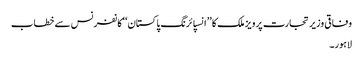
وفاقی وزیر تجارت پرویز ملک کا ’’انسپائرنگ پاکستان‘‘کانفرنس سے خطاب
لاہور۔